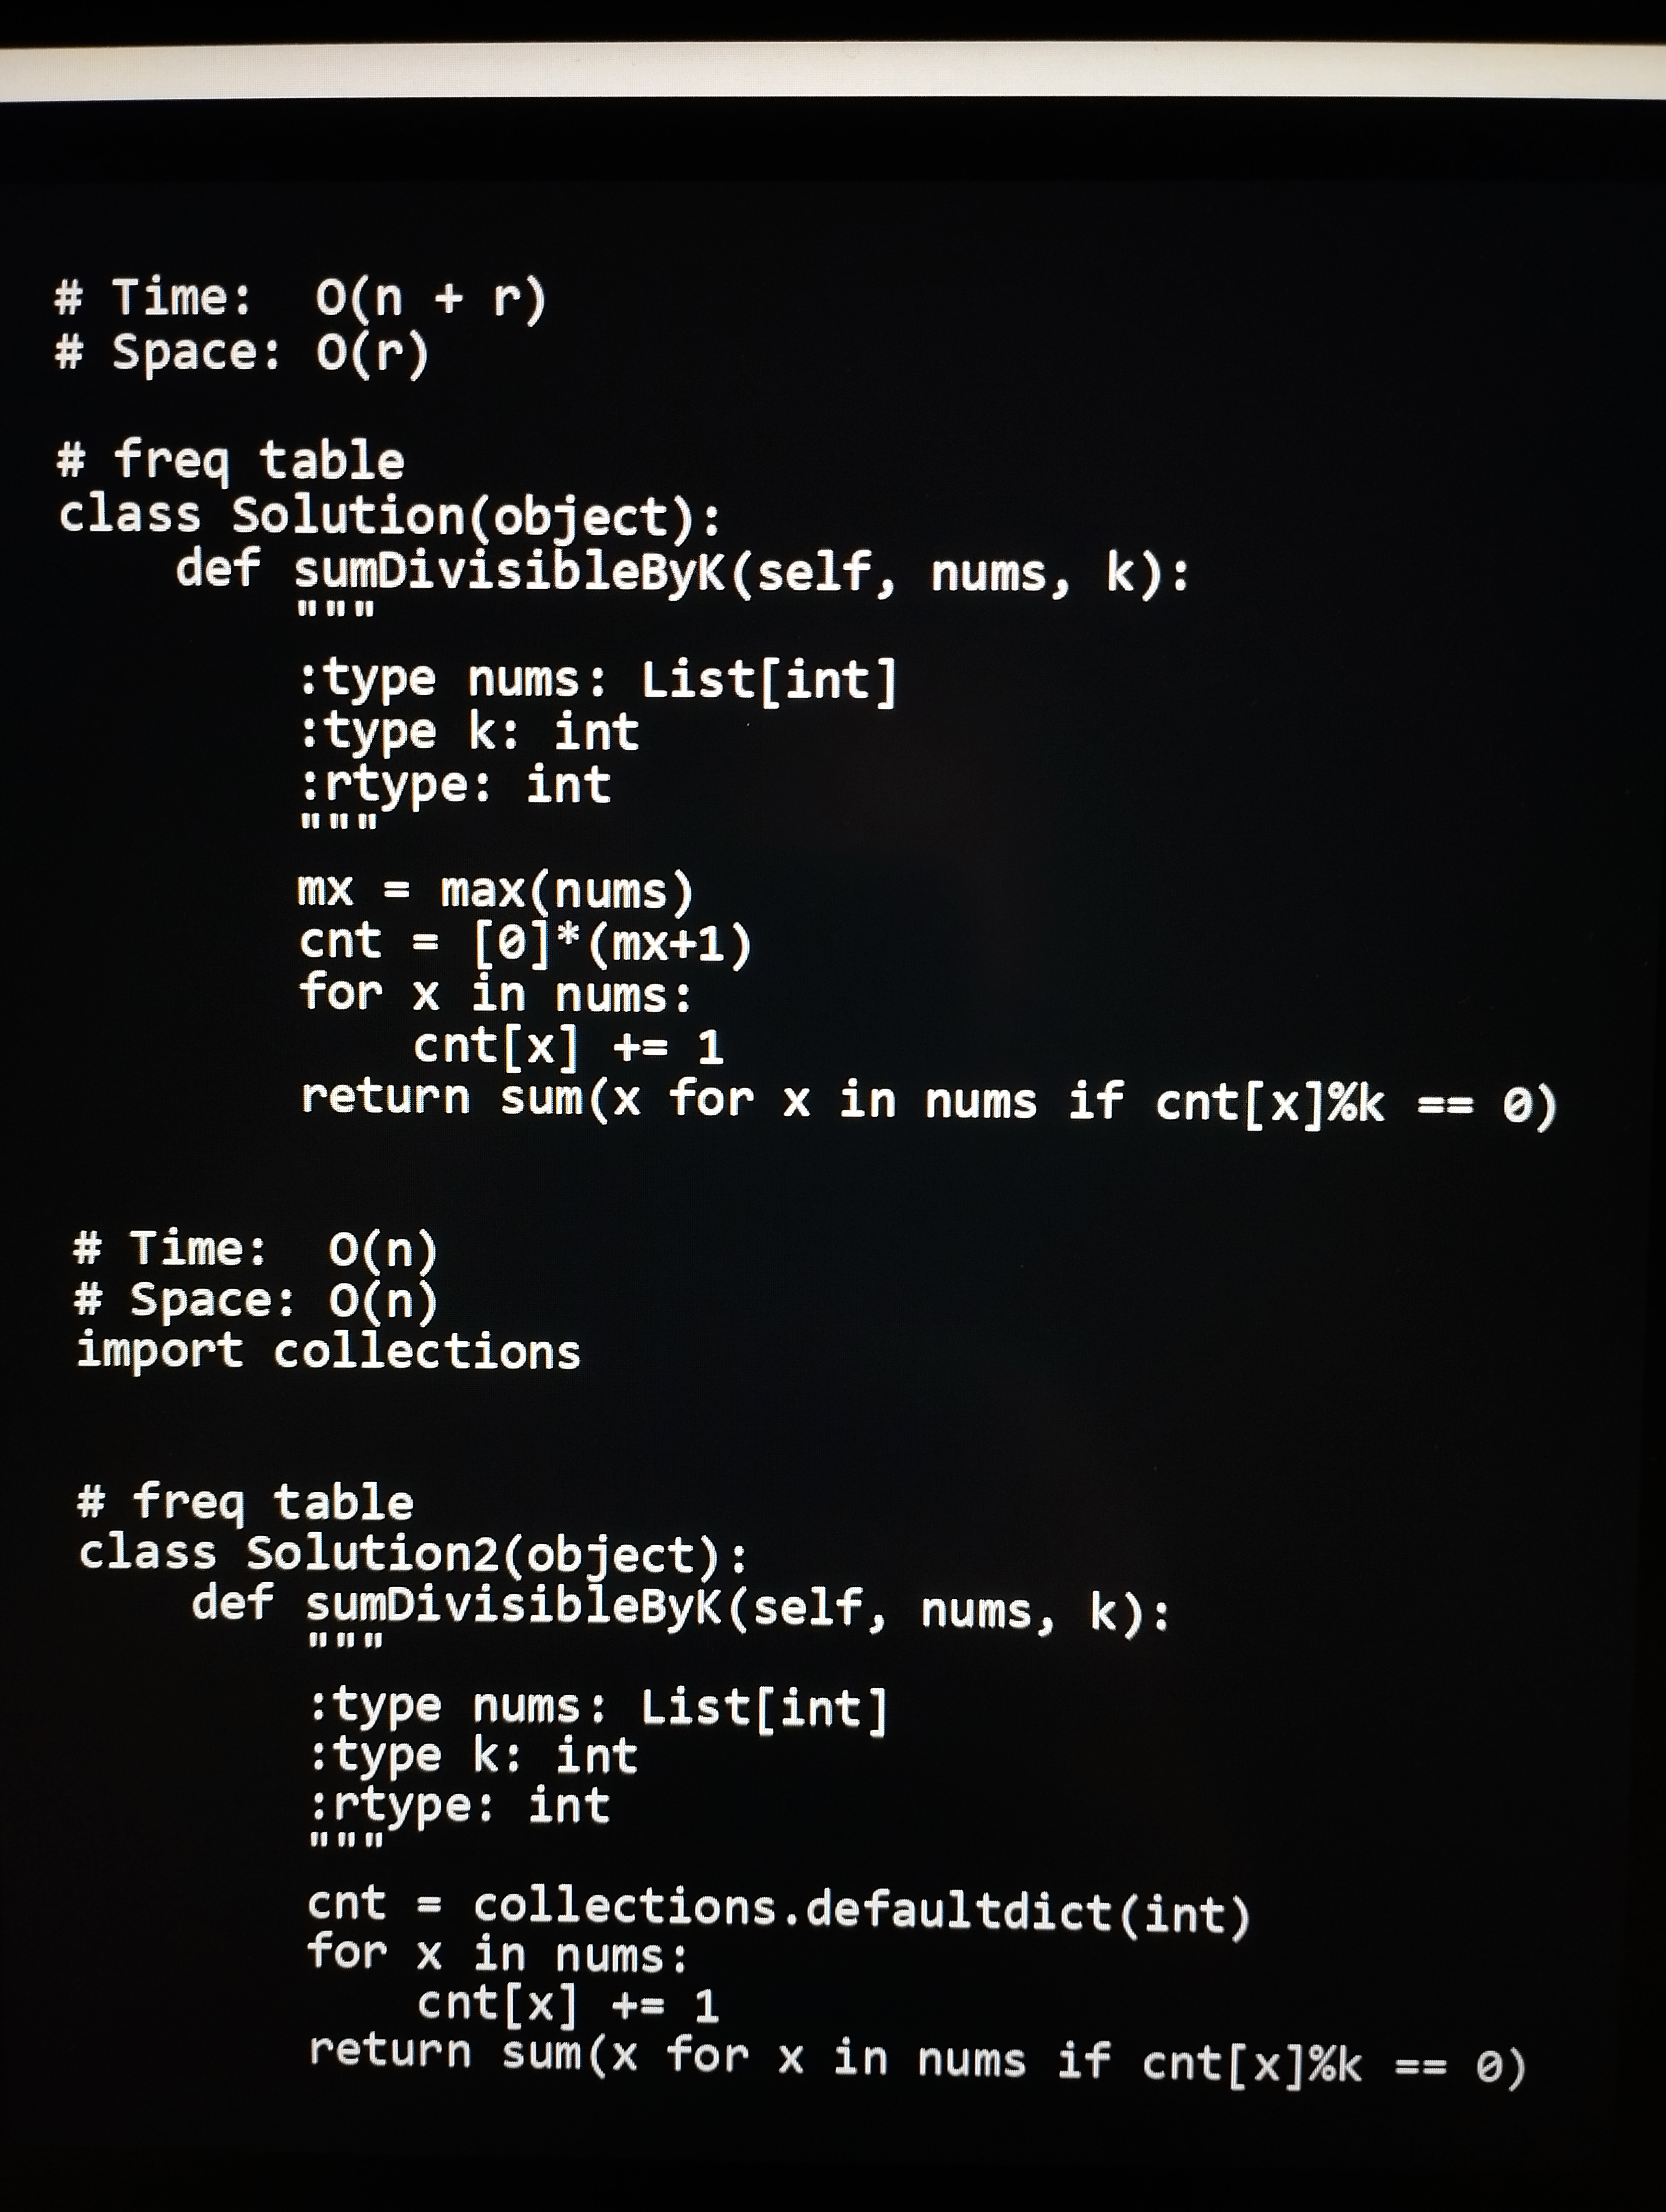
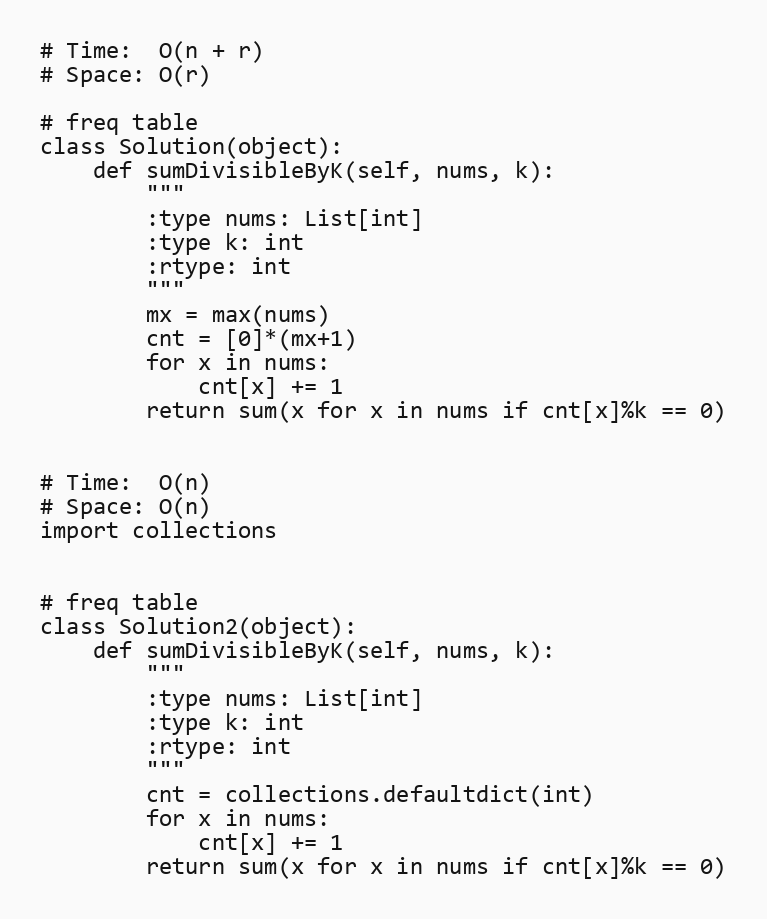
# Time:  O(n + r)
# Space: O(r)

# freq table
class Solution(object):
    def sumDivisibleByK(self, nums, k):
        """
        :type nums: List[int]
        :type k: int
        :rtype: int
        """
        mx = max(nums)
        cnt = [0]*(mx+1)
        for x in nums:
            cnt[x] += 1
        return sum(x for x in nums if cnt[x]%k == 0)

# Time:  O(n)
# Space: O(n)
import collections

# freq table
class Solution2(object):
    def sumDivisibleByK(self, nums, k):
        """
        :type nums: List[int]
        :type k: int
        :rtype: int
        """
        cnt = collections.defaultdict(int)
        for x in nums:
            cnt[x] += 1
        return sum(x for x in nums if cnt[x]%k == 0)